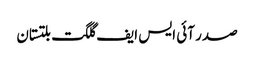
صدر آئی ایس ایف گلگت بلتستان